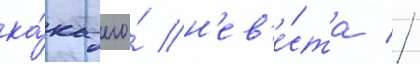
ка́к его́ н'ев'е́ста //